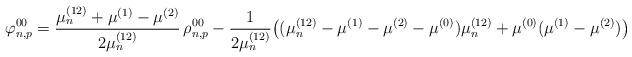
LaTeX: \begin{align*}\varphi^{00}_{n,p}= \frac{\mu_n^{(12)}+\mu^{(1)}-\mu^{(2)}}{2\mu_n^{(12)}} \,\rho^{00}_{n,p}- \frac{1}{2\mu_n^{(12)}} \big( (\mu_n^{(12)}-\mu^{(1)}-\mu^{(2)}-\mu^{(0)})\mu_n^{(12)} + \mu^{(0)}(\mu^{(1)}-\mu^{(2)}) \big)\end{align*}